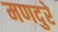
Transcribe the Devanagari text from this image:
मणदुरे